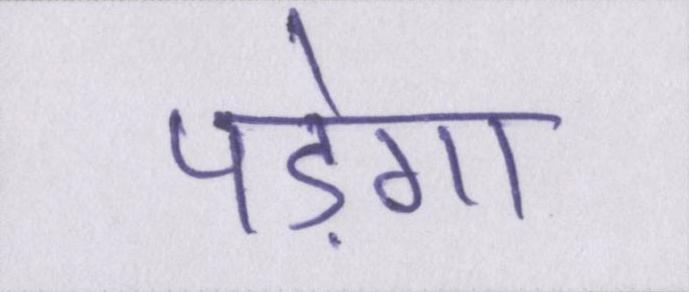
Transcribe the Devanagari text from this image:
पड़ेगा